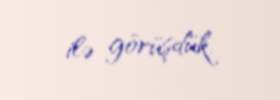
ilə görüşdük.